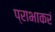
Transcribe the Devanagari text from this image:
प्राभाकरं